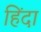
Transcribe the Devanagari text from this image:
हिंदा